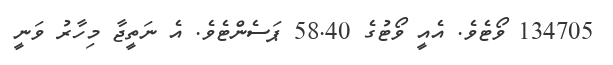
134705 ވޯޓެވެ. އެއީ ވޯޓުގެ 58.40 ޕަސެންޓެވެ. އެ ނަތީޖާ މިހާރު ވަނީ